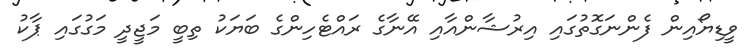
ވީޑިޔޯއިން ފެންނަގޮތުގައި އިރުޝާންއާއި އޭނާގެ ރައްޓެހިންގެ ބަޔަކު ތިބީ މަޖީދީ މަގުގައި ޕާކު